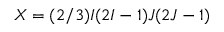
X = ( 2 / 3 ) I ( 2 I - 1 ) J ( 2 J - 1 )